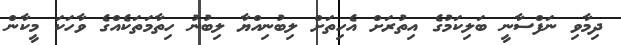
ދިމާވި ނަފްސާނީ ބަލިކަމުގެ އިތުރަށް އެހިތަށް ލިބުނިއްޔާ ލިބުނު ހިތާމަތަކެއްގެ ވާހަކަ މީކާން